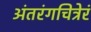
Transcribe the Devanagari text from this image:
अंतरंगचित्रेरं